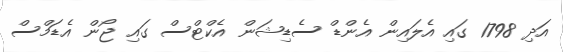
އަދި 1798 ގައި އެލައިން އެންޑް ސެޑިޝަން އެކްޓްސް ގައި ޖޯން އެޑަމްސް